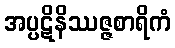
အပ္ပဋိနိဿဇ္ဇစာရိကံ